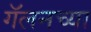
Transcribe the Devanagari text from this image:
गॅलनच्या